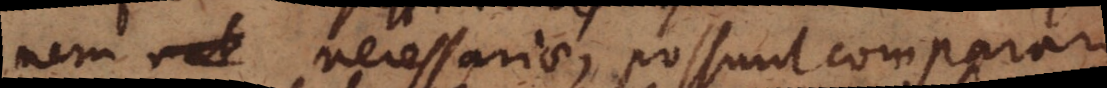
nem _ necessariae, possunt comparari